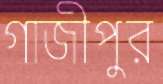
গাজীপুর